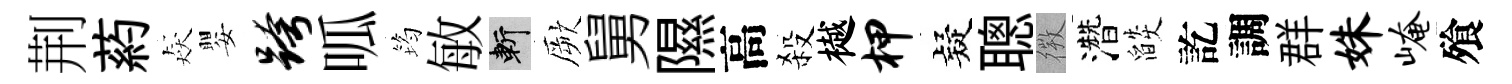
荆葯猋嬰跨呱筠敏斬厥舅隰高殺樾柙疑聰𢕄濳燄訖調群姝崦飱